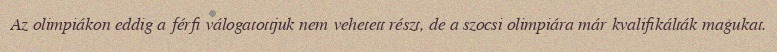
Az olimpiákon eddig a férfi válogatottjuk nem vehetett részt, de a szocsi olimpiára már kvalifikálták magukat.